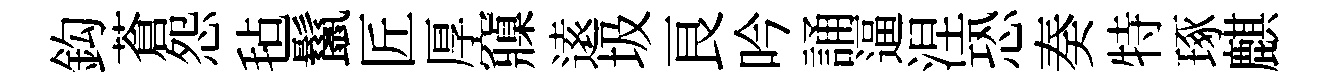
鈎蒼怨毡鬣匠厚䆿逺圾良吟誦逼涅恐奏特琢麒